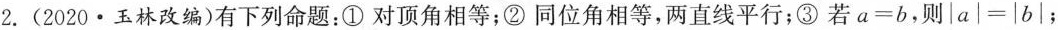
2.(2020·玉林改编)有下列命题：①对顶角相等；②同位角相等，两直线平行；③若$$a = b$$，则$$\left | a \right | = \left | b \right | $$；